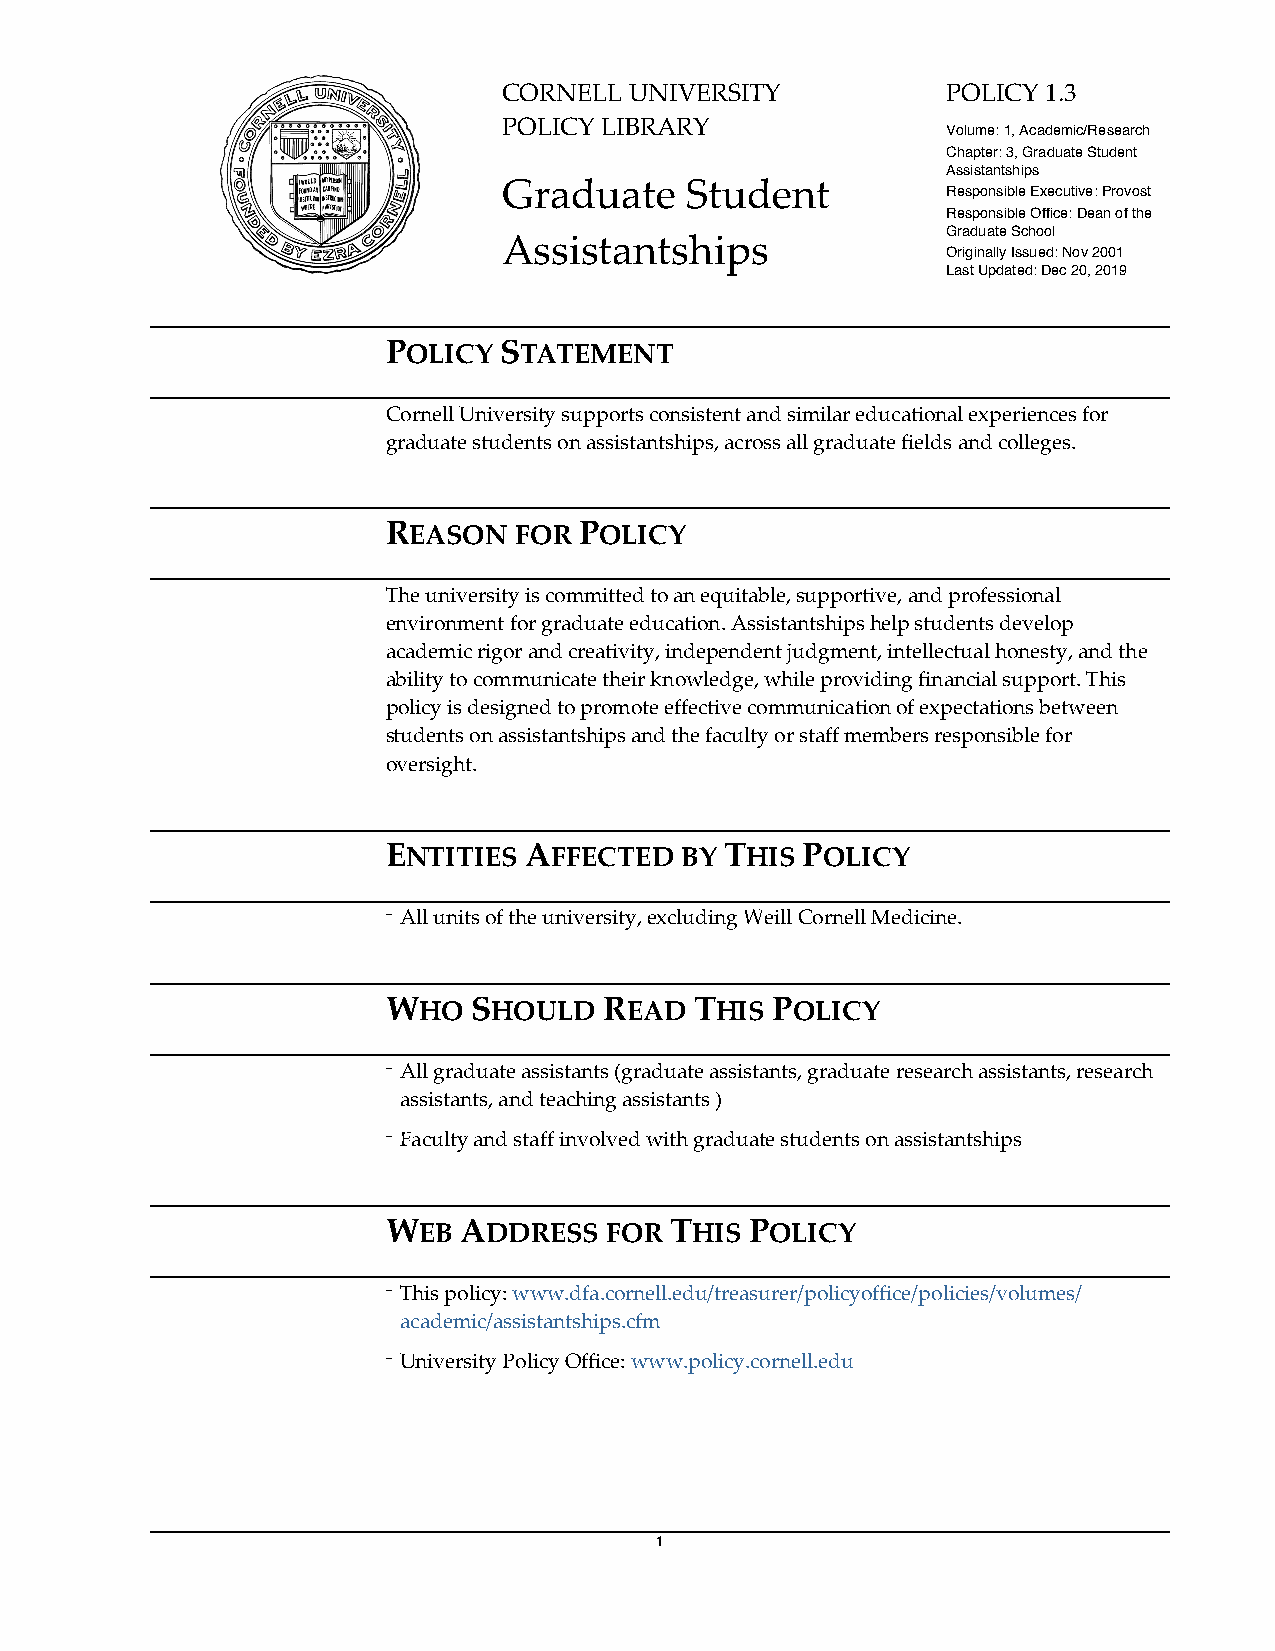
CORNELL  UNIVERSITY           POLICY 1.3
 POLICY LIBRARY
 Volume: 1, Academic/Research
 Chapter: 3, Graduate Student
 Assistantships
 Graduate    Student
 Responsible Executive: Provost
 Responsible Office: Dean of the
 Graduate School
 Assistantships
 Originally Issued: Nov 2001
 Last Updated: Dec 20, 2019
 POLICY STATEMENT
 Cornell University supports consistent and similar educational experiences for
 graduate students on assistantships, across all graduate fields and colleges.
 REASON  FOR POLICY
 The university is committed to an equitable, supportive, and professional
 environment for graduate education. Assistantships help students develop
 academic rigor and creativity, independent judgment, intellectual honesty, and the
 ability to communicate their knowledge, while providing financial support. This
 policy is designed to promote effective communication of expectations between
 students on assistantships and the faculty or staff members responsible for
 oversight.
 ENTITIES AFFECTED  BY THIS POLICY
 ⁻ All units of the university, excluding Weill Cornell Medicine.
 WHO  SHOULD   READ  THIS POLICY
 ⁻ All graduate assistants (graduate assistants, graduate research assistants, research
 assistants, and teaching assistants )
 ⁻ Faculty and staff involved with graduate students on assistantships
 WEB ADDRESS   FOR THIS  POLICY
 ⁻ This policy: www.dfa.cornell.edu/treasurer/policyoffice/policies/volumes/
 academic/assistantships.cfm
 ⁻ University Policy Office: www.policy.cornell.edu
 1